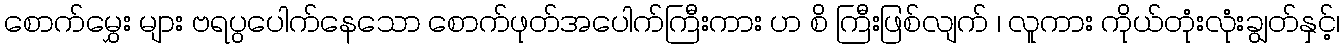
စောက်မွှေး များ ဗရပွပေါက်နေသော စောက်ဖုတ်အပေါက်ကြီးကား ဟ စိ ကြီးဖြစ်လျက် ၊ လူကား ကိုယ်တုံးလုံးချွတ်နှင့်၊